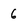
Character: 6